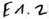
Text: E1.2